Insane asylums in Bengal annual reports 1876-1887 - 1876-1887
Year: 1876
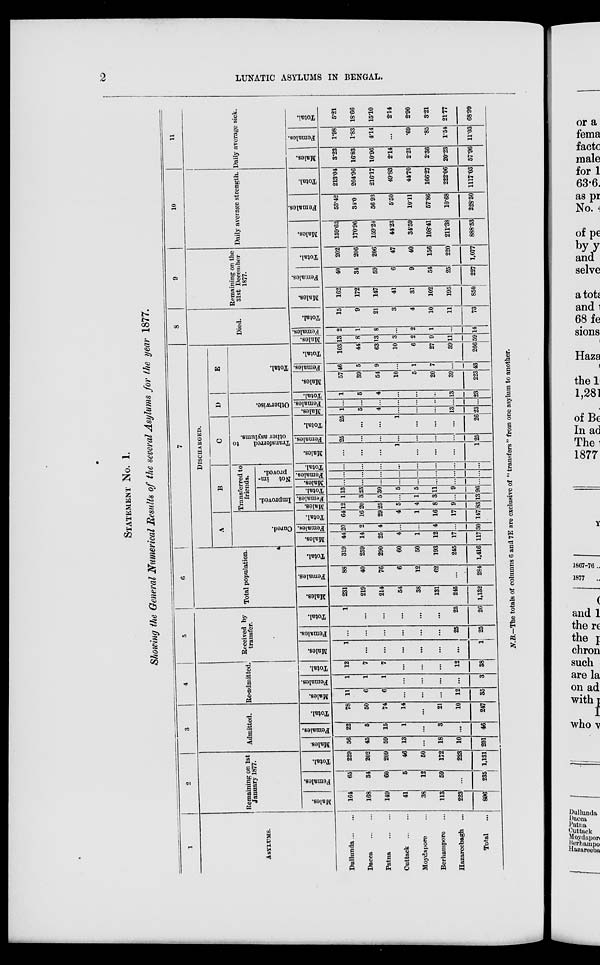
2
LUNATIC ASYLUMS IN BENGAL.
STATEMENT No. 1.
Showing the General Numerical Results of the several Asylums for the year 1877.
1
ASYLUMS.
Dullunda ... ...
Dacca
...
...
Patna
...
...
Cuttack
...
...
Moydapore ...
Berhampore ...
Hazareebagh
...
Total
...
2
Remaining on 1st
January 1877.
Males.
164
168
149
41
38
113
223
896
Females.
65
34
60
5
12
59
...
235
Total.
229
202
209
46
50
172
223
1,131
3
Admitted.
Males.
56
45
59
13
...
18
10
201
Females.
22
5
15
1
...
3
...
46
Total.
78
50
74
14
...
21
10
247
4
Re-admitted.
Males.
11
6
6
...
...
...
12
35
Females.
1
1
1
...
...
...
...
3
Total.
12
7
7
...
...
...
12
38
5
Received by
transfer.
Males.
1
...
...
...
...
...
...
1
Females.
...
...
...
...
...
...
25
25
Total.
1
...
...
...
...
...
25
26
6
Total population.
Males.
231
219
214
54
38
131
245
1,132
Females.
88
40
76
6
12
62
...
284
Total.
319
259
290
60
50
193
245
1,416
7
DISCHARGED.
A
Cured.
Males.
44
14
25
4
1
12
17
117
Females.
20
2
4
...
...
4
...
30
Total.
64
16
29
4
1
16
17
147
B
Transferred to
friends.
I
mpr ove d.
Mal es .
12
20
25
5
4
8
9
83
Fe ma l
e s .
1
3
5
...
1
3
...
13
Total.
13
23
30
5
5
11
9
96
Not im-
proved.
Males.
...
...
...
...
...
...
...
...
Females.
...
...
...
...
...
...
...
...
Total.
...
...
...
...
...
...
...
...
C
Transferred
to
other asylums.
Males.
...
...
...
1
...
...
...
1
Females.
25
...
...
...
...
...
...
25
Total.
25
...
...
1
...
...
...
26
D
Otherwise.
Mal es .
1
5
4
...
...
...
13
23
Fe ma l
e s .
...
...
...
...
...
...
...
...
Total.
1
5
4
...
...
...
13
23
E
Tot al .
Males.
57
39
54
10
5
20
39
223
Females.
46
5
9
...
1
7
...
43
Tot al .
103
44
63
10
6
27
39
266
8
Died.
Males.
13
8
13
2
2
9
11
59
Females.
2
1
8
...
2
1
...
14
Total.
15
9
21
3
4
10
11
73
9
Remaining on the
31st December
1877.
Males.
162
172
147
41
31
102
195
850
Females.
40
34
59
6
9
54
25
227
Total.
202
206
206
47
40
156
220
1,077
10
Daily average strength.
Males.
159.62
170.96
159.24
44.23
34.59
108.41
211.38
888.53
Females.
53.42
34.0
56.93
5.50
10.11
57.86
10.68
228.50
Total.
213.04
204.96
216.17
49.83
44.70
166.27
222.06
1117.03
11
Daily average sick.
Males.
3.23
16.83
10.96
2.14
2.21
2.36
20.23
57.96
Females.
1.98
1.83
4.14
...
.69
.85
1.54
11.03
Total.
5.21
18.66
15.10
2.14
2.90
3.21
21.77
68.99
N.B.—The totals of columns 6 and 7E are exclusive of " transfers " from one asylum to another.